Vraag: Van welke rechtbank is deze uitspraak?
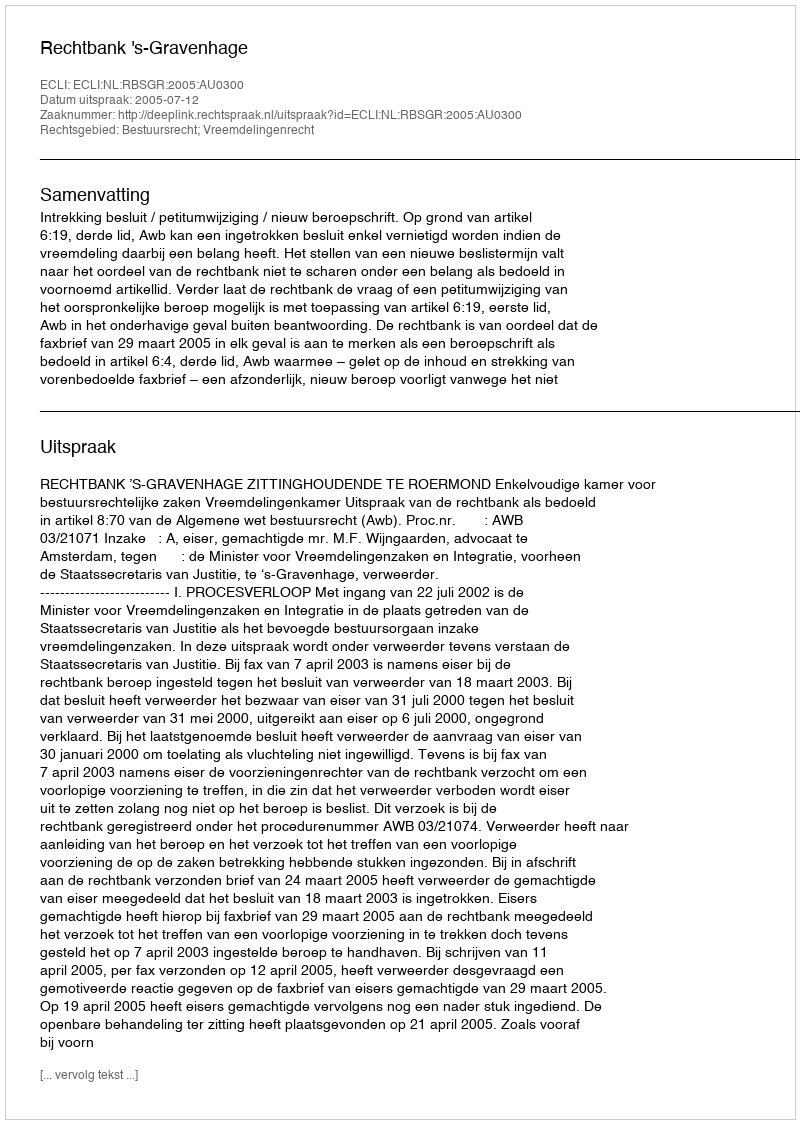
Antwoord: Rechtbank 's-Gravenhage